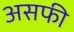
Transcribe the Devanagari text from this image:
असफी